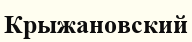
Крыжановский